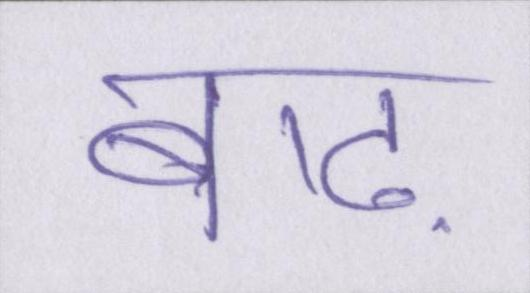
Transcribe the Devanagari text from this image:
बाढ़